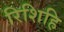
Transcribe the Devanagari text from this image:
रिशिहि